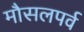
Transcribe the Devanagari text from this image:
मौसलपर्व